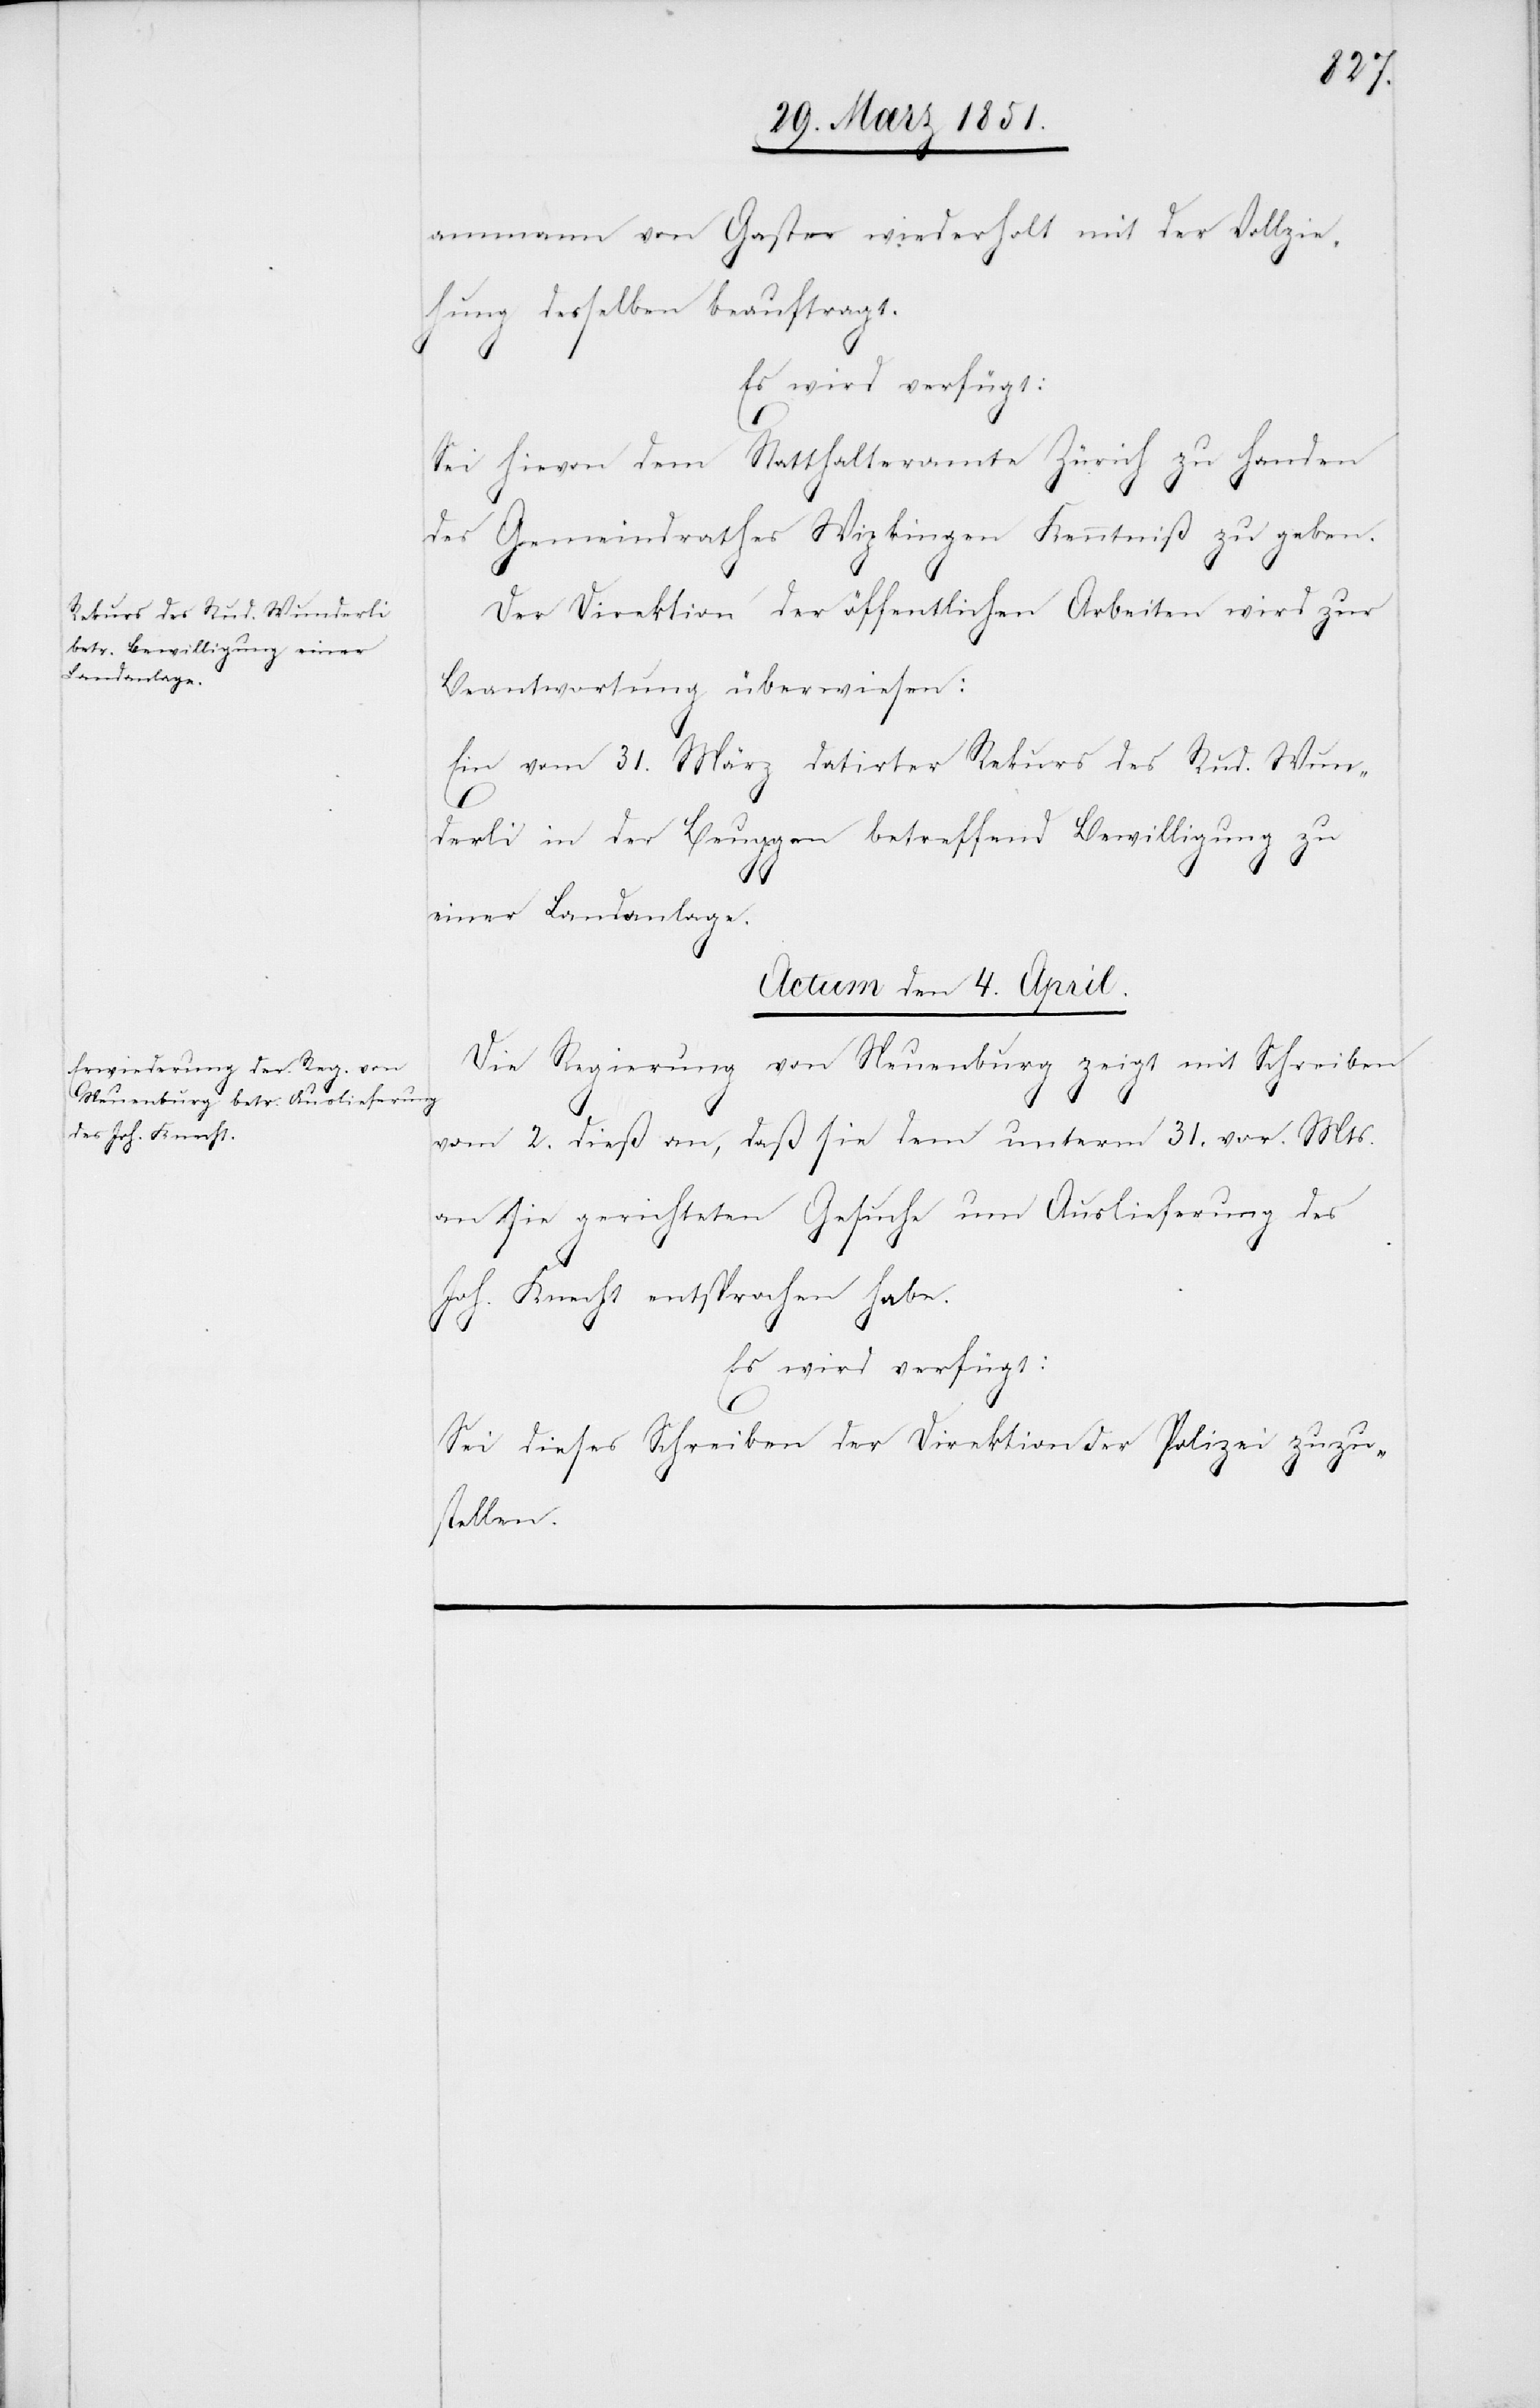
ammann von Gaster wiederholt mit der Vollzie¬
hung desselben beauftragt.
Es wird verfügt:
Sei hievon dem Statthalteramte Zürich zu Handen
des Gemeindrathes Wipkingen Kenntniß zu geben.
Der Direktion der öffentlichen Arbeiten wird zur
Beantwortung überwiesen:
Ein vom 31. März datirter Rekurs des Rud. Wun¬
derli in der Beuggen betreffend Bewilligung zu
einer Landanlage.
Actum den 4. April.
Die Regierung von Neuenburg zeigt mit Schreiben
vom 2. dieß an, daß sie dem unterm 31. vor. Mts.
an sie gerichteten Gesuche um Auslieferung des
Joh. Knecht entsprochen habe.
Es wird verfügt:
Sei dieses Schreiben der Direktion der Polizei zuzu¬
stellen.